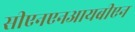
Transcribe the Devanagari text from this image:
सीएनएनआयबीएन